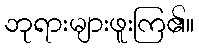
ဘုရားများဖူးကြ၏။